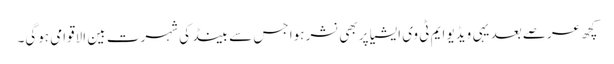
کچھ عرصے بعد یہی ویڈیو ایم ٹی وی ایشیا پر بھی نشر ہوا جس سے بینڈ کی شہرت بین الاقوامی ہوگی۔